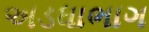
અડધાભાગ